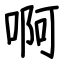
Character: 啊